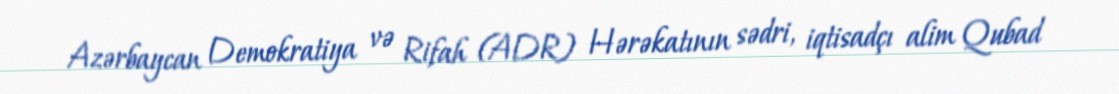
Azərbaycan Demokratiya və Rifah (ADR) Hərəkatının sədri, iqtisadçı alim Qubad